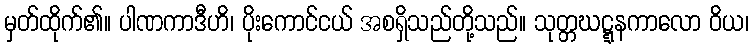
မှတ်ထိုက်၏။ ပါဏကာဒီဟိ၊ ပိုးကောင်ငယ် အစရှိသည်တို့သည်။ သုတ္တဃဋ္ဋနကာလော ဝိယ၊